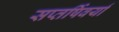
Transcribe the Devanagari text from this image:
सप्तर्षिवर्या